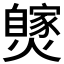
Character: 𤒝